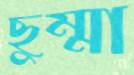
ছুম্মা